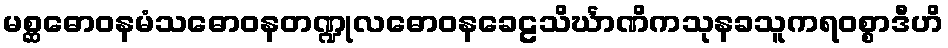
မစ္ဆဓောဝနမံသဓောဝနတဏ္ဍုလဓောဝနခေဠသိင်္ဃာဏိကသုနခသူကရဝစ္စာဒီဟိ